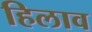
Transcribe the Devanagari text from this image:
हिलाव